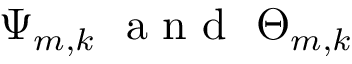
\Psi _ { m , k } \ \mathrm { ~ a ~ n ~ d ~ } \ \Theta _ { m , k }